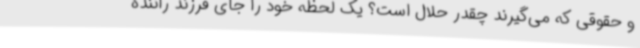
و حقوقی که می‌گیرند چقدر حلال است؟ یک لحظه خود را جای فرزند راننده